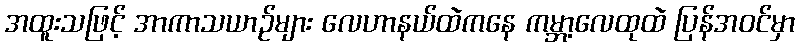
အထူးသဖြင့် အာကာသယာဉ်များ လေဟာနယ်ထဲကနေ ကမ္ဘာ့လေထုထဲ ပြန်အဝင်မှာ